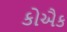
કોઐક